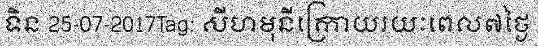
ទិន 25-07-2017Tag: សីហមុនីក្រោយរយៈពេល៧ថ្ងៃ